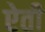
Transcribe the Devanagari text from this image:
ऐती